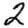
Digit: 2